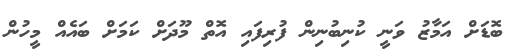
ބޮޑަށް އަމާޒު ވަނީ ކުނިބުނިން ފުރިފައި އޮތް މޫދަށް ކަމަށް ބައެއް މީހުން